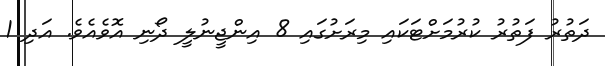
ދަތުރު ފަތުރު ކުރުމަށްޓަކައި މިރަށުގައި 8 އިންޖީނުލީ ދޯނި އޮވެއެވެ. އަދި 1